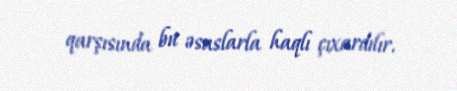
qarşısında bu əsaslarla haqlı çıxardılır.